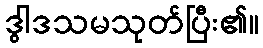
ဒွါဒသမသုတ်ပြီး၏။